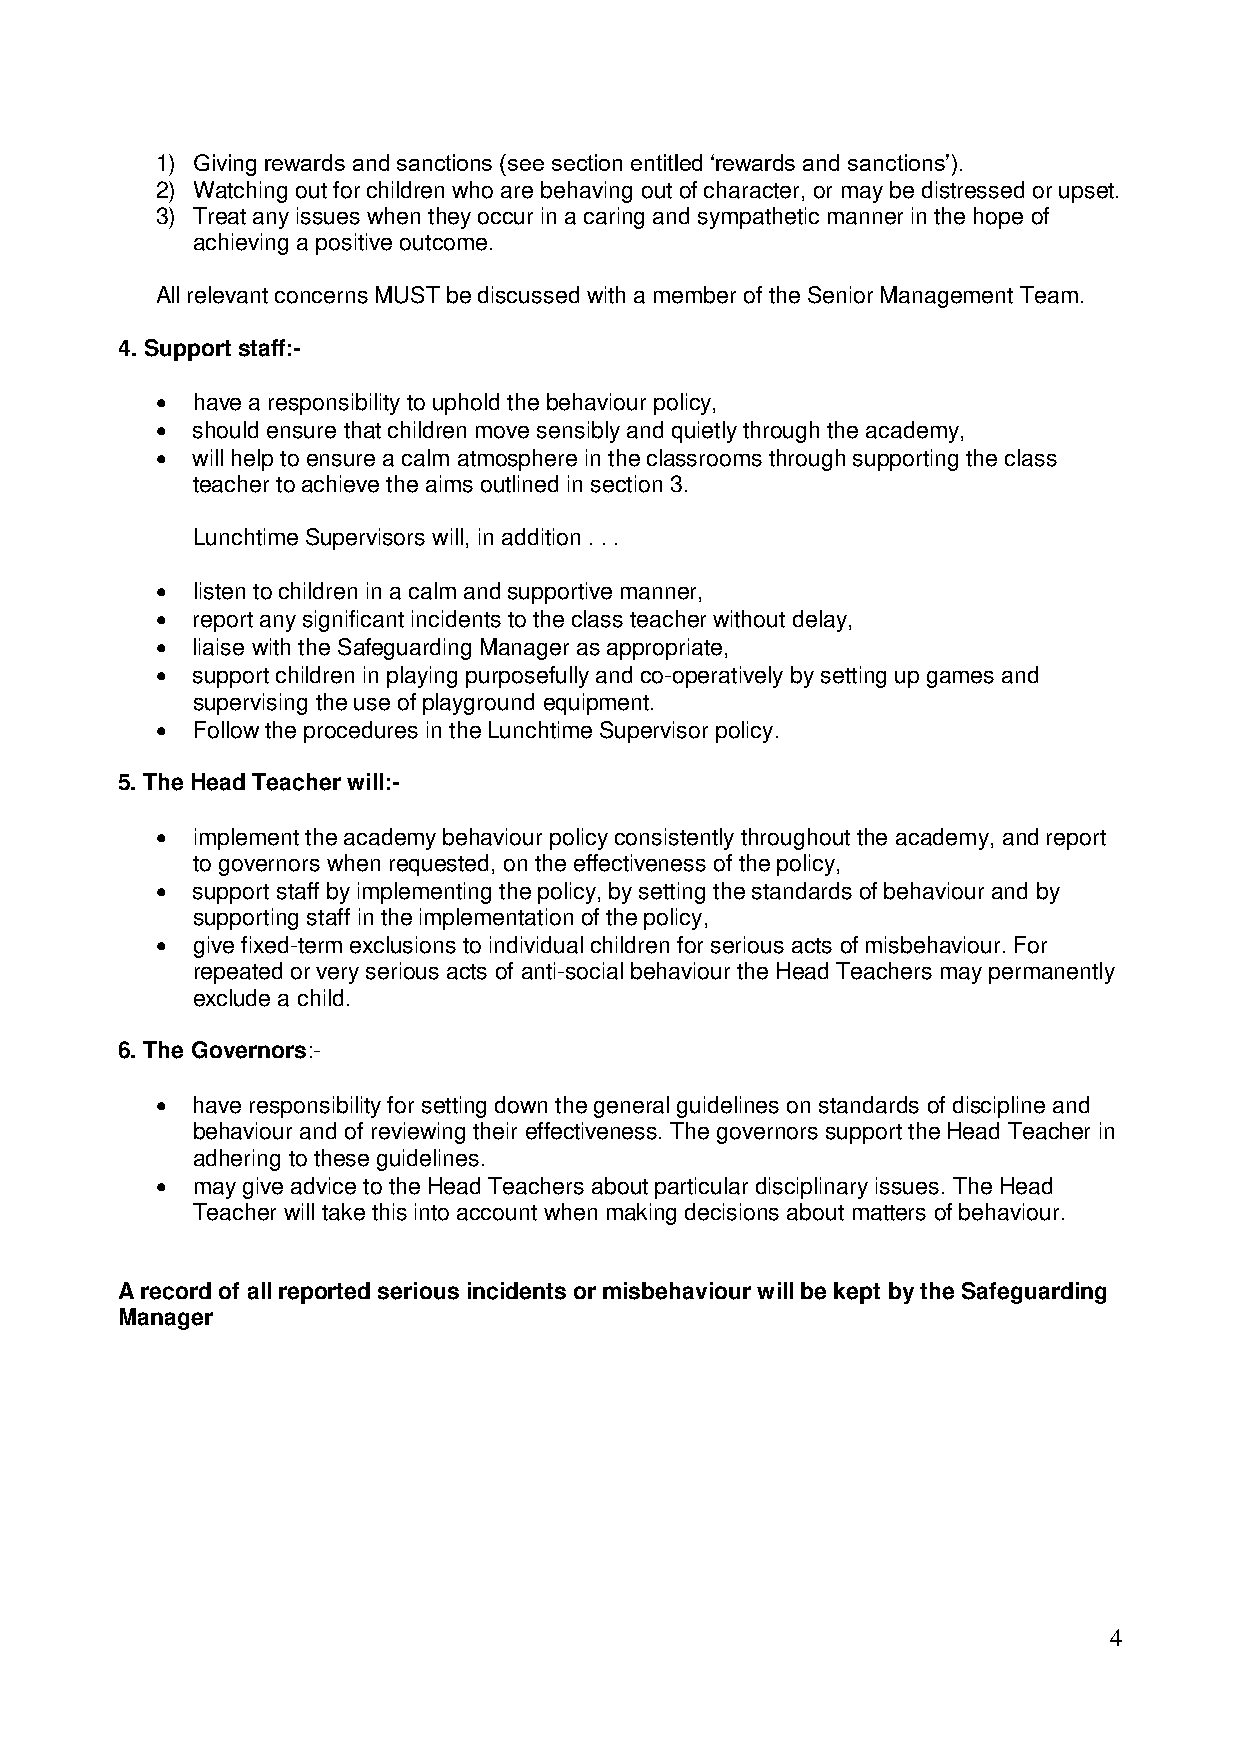
1) Giving rewards and sanctions (see section entitled ‘rewards and sanctions’).
 2) Watching out for children who are behaving out of character, or may be distressed or upset.
 3) Treat any issues when they occur in a caring and sympathetic manner in the hope of
 achieving a positive outcome.
 All relevant concerns MUST be discussed with a member of the Senior Management Team.
 4. Support staff:-
   have a responsibility to uphold the behaviour policy,
   should ensure that children move sensibly and quietly through the academy,
   will help to ensure a calm atmosphere in the classrooms through supporting the class
 teacher to achieve the aims outlined in section 3.
 Lunchtime Supervisors will, in addition . . .
   listen to children in a calm and supportive manner,
   report any significant incidents to the class teacher without delay,
   liaise with the Safeguarding Manager as appropriate,
   support children in playing purposefully and co-operatively by setting up games and
 supervising the use of playground equipment.
   Follow the procedures in the Lunchtime Supervisor policy.
 5. The Head Teacher will:-
   implement the academy behaviour policy consistently throughout the academy, and report
 to governors when requested, on the effectiveness of the policy,
   support staff by implementing the policy, by setting the standards of behaviour and by
 supporting staff in the implementation of the policy,
   give fixed-term exclusions to individual children for serious acts of misbehaviour. For
 repeated or very serious acts of anti-social behaviour the Head Teachers may permanently
 exclude a child.
 6. The Governors:-
   have responsibility for setting down the general guidelines on standards of discipline and
 behaviour and of reviewing their effectiveness. The governors support the Head Teacher in
 adhering to these guidelines.
   may give advice to the Head Teachers about particular disciplinary issues. The Head
 Teacher will take this into account when making decisions about matters of behaviour.
 A record of all reported serious incidents or misbehaviour will be kept by the Safeguarding
 Manager
 4